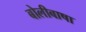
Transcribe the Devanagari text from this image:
बोलीबाषा